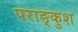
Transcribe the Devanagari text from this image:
पराङ्कुश